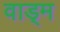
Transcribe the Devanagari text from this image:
वाड्म